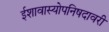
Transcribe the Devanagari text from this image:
ईशावास्योपनिषदावरी